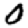
Digit: 0